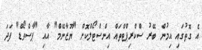
އެ ގޮތުގައި އިމުން ބޭރު ސްކްރިޕްޓްތައް އިންސްޓޯލްކޮށް "ޔޫޒާނޭމް" އާއި "ޕާސްވޯޑް" ފަދަ